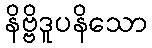
နိဗ္ဗိဒူပနိသော